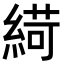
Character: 𦂭